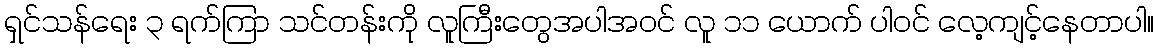
ရှင်သန်ရေး ၃ ရက်ကြာ သင်တန်းကို လူကြီးတွေအပါအဝင် လူ ၁၁ ယောက် ပါဝင် လေ့ကျင့်နေတာပါ။